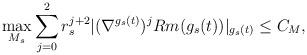
LaTeX: \begin{align*} \max_{M_s}\sum_{j=0}^{2} r_s^{j+2}|(\nabla^{g_s(t)})^j Rm(g_s(t))|_{g_s(t)} \leq C_M,\end{align*}